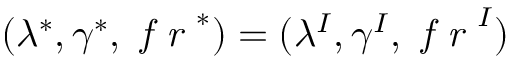
( \lambda ^ { * } , \gamma ^ { * } , \textit { f r } ^ { * } ) = ( \lambda ^ { I } , \gamma ^ { I } , \textit { f r } ^ { I } )